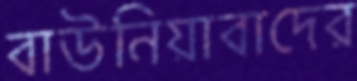
বাউনিয়াবাদের